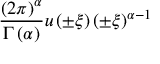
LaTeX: { \frac { \left( 2 \pi \right) ^ { \alpha } } { \Gamma \left( \alpha \right) } } u \left( \pm \xi \right) \left( \pm \xi \right) ^ { \alpha - 1 }